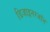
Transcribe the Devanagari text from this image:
डिजाइनरजॉन